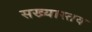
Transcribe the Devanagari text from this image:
सख्यास्तव